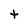
Character: t